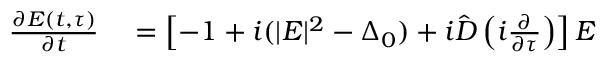
\begin{array} { r l } { \frac { \partial E ( t , \tau ) } { \partial t } } & { { } = \left[ - 1 + i ( | E | ^ { 2 } - \Delta _ { 0 } ) + i \hat { D } \left( i \frac { \partial } { \partial \tau } \right) \right] E } \end{array}